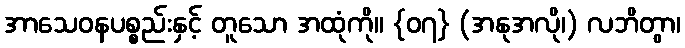
အာသေဝနပစ္စည်းနှင့် တူသော အထုံကို။ {၀၇} (အနုအလို၊) လဘိတွာ၊